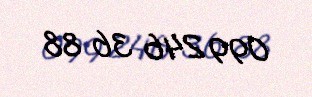
099 246 36 88